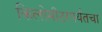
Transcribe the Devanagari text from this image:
किलोमीटरपर्यंतचा